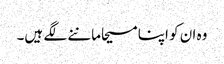
وہ ان کو اپنا مسیحا ماننے لگے ہیں۔